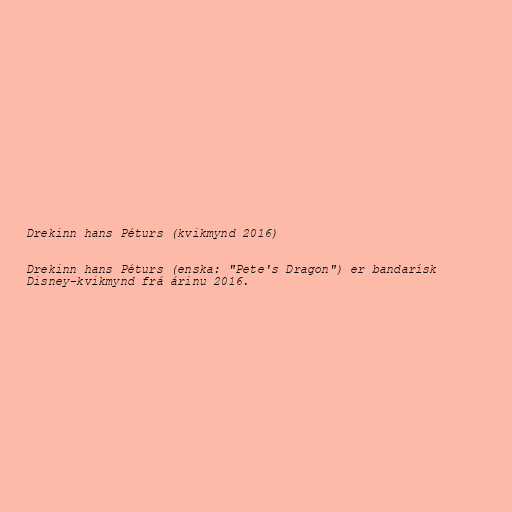
Drekinn hans Péturs (kvikmynd 2016)

Drekinn hans Péturs (enska: "Pete's Dragon") er bandarísk
Disney-kvikmynd frá árinu 2016.